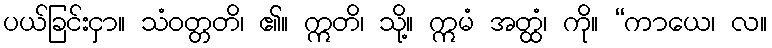
ပယ်ခြင်းငှာ။ သံဝတ္တတိ၊ ၏။ ဣတိ၊ သို့။ ဣမံ အတ္ထံ၊ ကို။ “ကာယေ၊ လ။